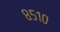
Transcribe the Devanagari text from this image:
८५१०